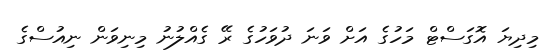
މިދިޔަ އޮގަސްޓް މަހުގެ އަށް ވަނަ ދުވަހުގެ ރޭ ގެއްލުނު މިނިވަން ނިއުސްގެ